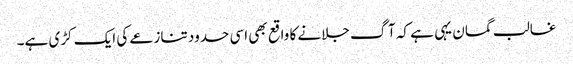
غالب گمان یہی ہے کہ آگ جلانے کا واقع بھی اسی حدود تنازعے کی ایک کڑی ہے۔